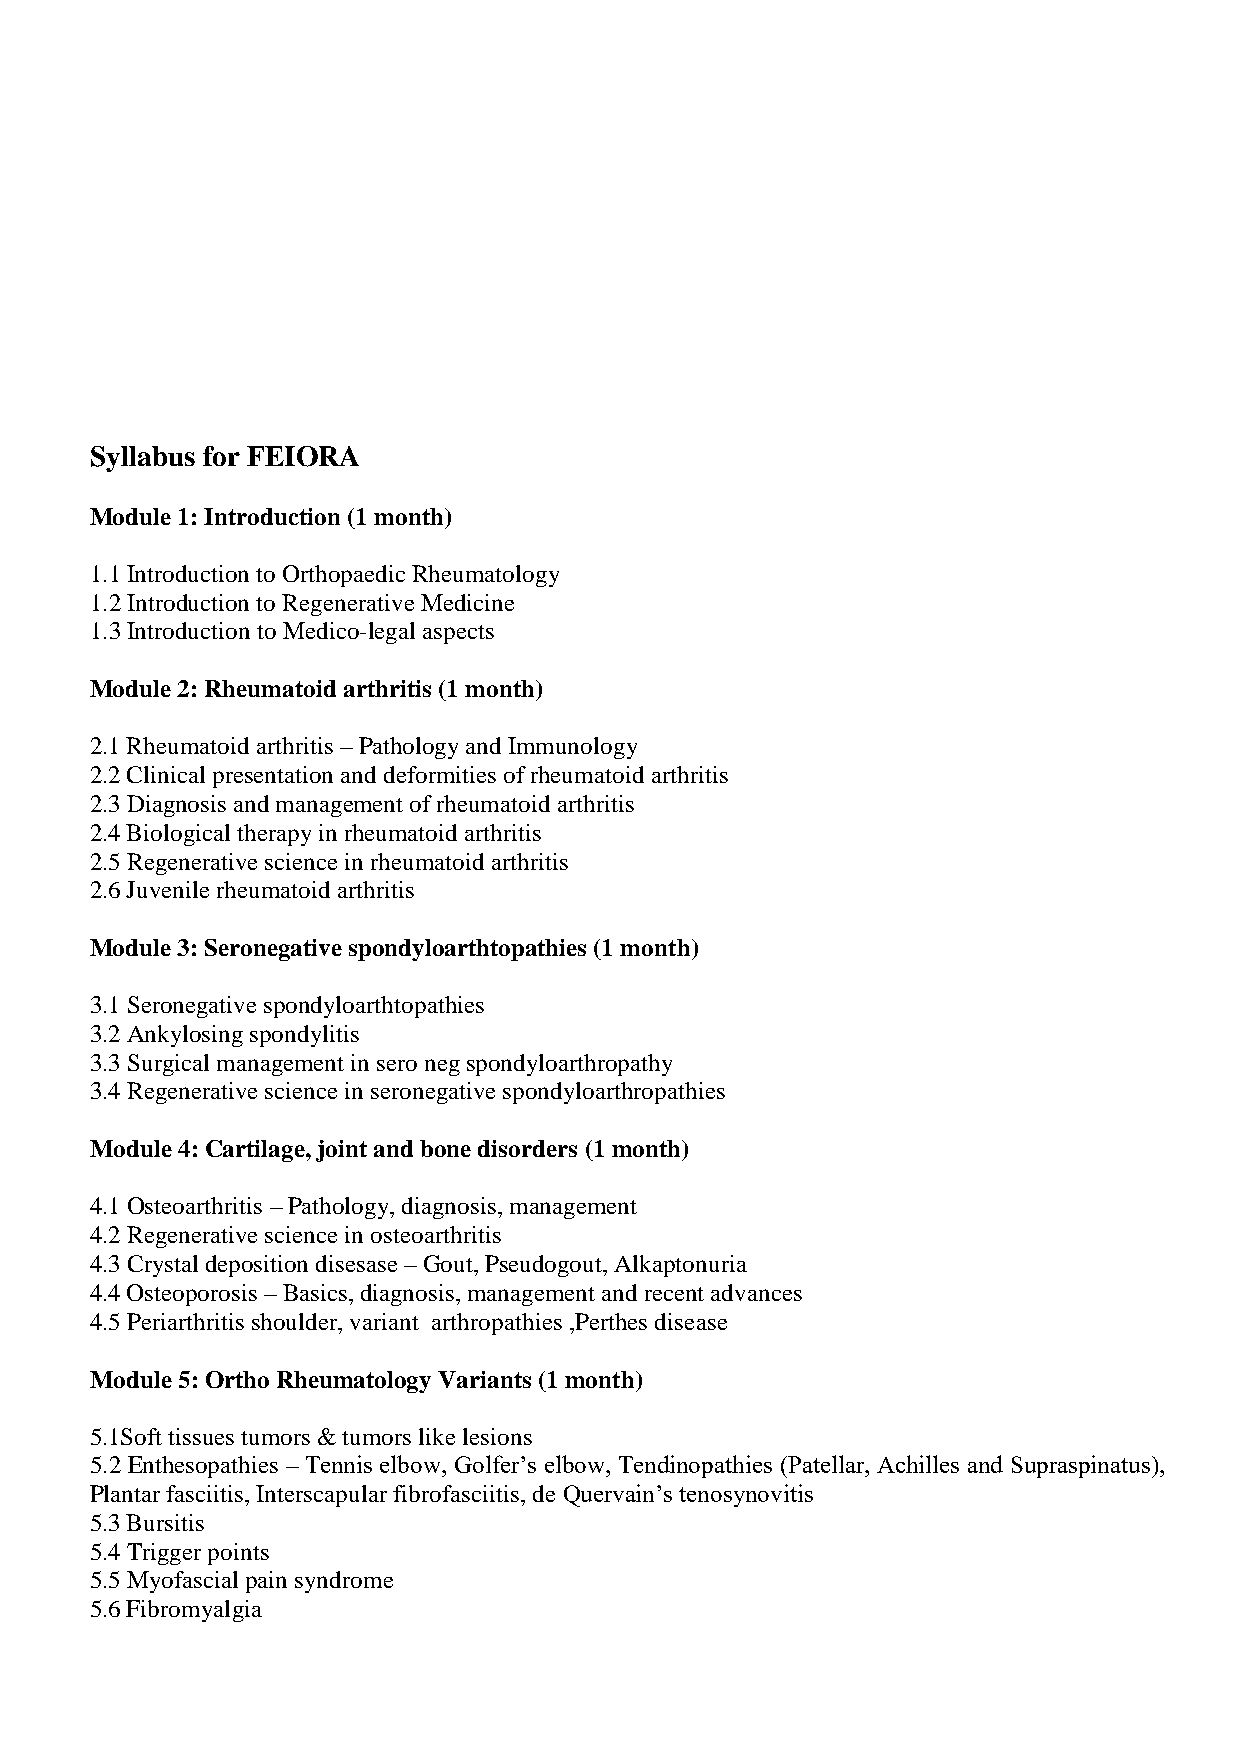
Syllabus for FEIORA
 Module 1: Introduction (1 month)
 1.1 Introduction to Orthopaedic Rheumatology
 1.2 Introduction to Regenerative Medicine
 1.3 Introduction to Medico-legal aspects
 Module 2: Rheumatoid arthritis (1 month)
 2.1 Rheumatoid arthritis – Pathology and Immunology
 2.2 Clinical presentation and deformities of rheumatoid arthritis
 2.3 Diagnosis and management of rheumatoid arthritis
 2.4 Biological therapy in rheumatoid arthritis
 2.5 Regenerative science in rheumatoid arthritis
 2.6 Juvenile rheumatoid arthritis
 Module 3: Seronegative spondyloarthtopathies (1 month)
 3.1 Seronegative spondyloarthtopathies
 3.2 Ankylosing spondylitis
 3.3 Surgical management in sero neg spondyloarthropathy
 3.4 Regenerative science in seronegative spondyloarthropathies
 Module 4: Cartilage, joint and bone disorders (1 month)
 4.1 Osteoarthritis – Pathology, diagnosis, management
 4.2 Regenerative science in osteoarthritis
 4.3 Crystal deposition disesase – Gout, Pseudogout, Alkaptonuria
 4.4 Osteoporosis – Basics, diagnosis, management and recent advances
 4.5 Periarthritis shoulder, variant arthropathies ,Perthes disease
 Module 5: Ortho Rheumatology Variants (1 month)
 5.1Soft tissues tumors & tumors like lesions
 5.2 Enthesopathies – Tennis elbow, Golfer’s elbow, Tendinopathies (Patellar, Achilles and Supraspinatus),
 Plantar fasciitis, Interscapular fibrofasciitis, de Quervain’s tenosynovitis
 5.3 Bursitis
 5.4 Trigger points
 5.5 Myofascial pain syndrome
 5.6 Fibromyalgia